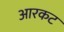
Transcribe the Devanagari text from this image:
आरकट